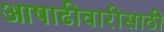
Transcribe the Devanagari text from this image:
आषाढीवारीसाठी